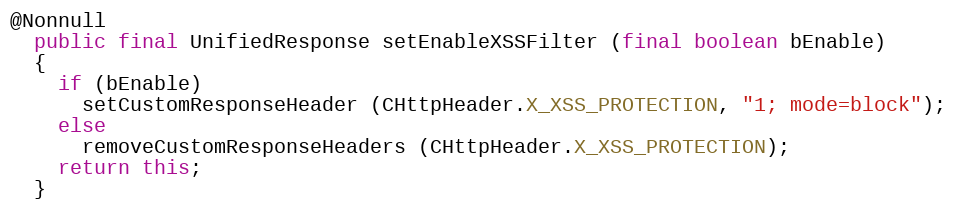
Language: Java
@Nonnull
  public final UnifiedResponse setEnableXSSFilter (final boolean bEnable)
  {
    if (bEnable)
      setCustomResponseHeader (CHttpHeader.X_XSS_PROTECTION, "1; mode=block");
    else
      removeCustomResponseHeaders (CHttpHeader.X_XSS_PROTECTION);
    return this;
  }